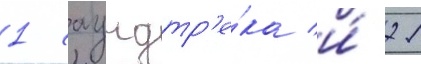
1 саундтр'е́ка и́ 21